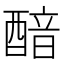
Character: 䤃